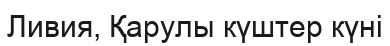
Ливия, Қарулы күштер күні